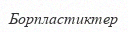
Борпластиктер